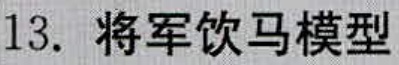
13. 将军饮马模型